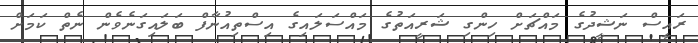
ރައީސް ނަޝީދުގެ މައްޗަށް ހިންގި ޝަރީއަތުގެ މައްސަލައިގެ އިސްތިއުނާފް ބަލައިގަނެވެން ނެތް ކަމަށް